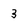
Character: 3